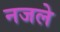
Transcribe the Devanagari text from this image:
नजले